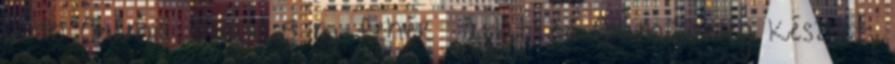
6 db Gumis zsinór 5 m fehér átlátszó Gumizsineg készlet,